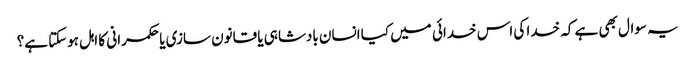
یہ سوال بھی ہے کہ خدا کی اس خدائی میں کیا انسان بادشاہی یا قانون سازی یا حکمرانی کا اہل ہوسکتا ہے؟